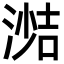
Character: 𪶼